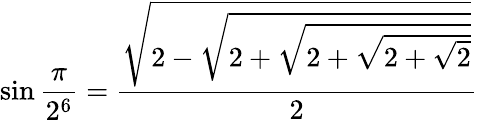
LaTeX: \sin{\frac{\pi}{2^{6}}}={\frac{\sqrt{2-{\sqrt{2+{\sqrt{2+{\sqrt{2+{\sqrt{2}}}}}}}}}}{2}}